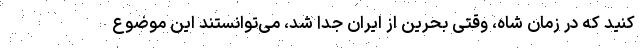
کنید که در زمان شاه، وقتی بحرین از ایران جدا شد، می‌توانستند این موضوع